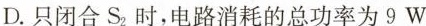
D.只闭合S_{2}时，电路消耗的总功率为9W